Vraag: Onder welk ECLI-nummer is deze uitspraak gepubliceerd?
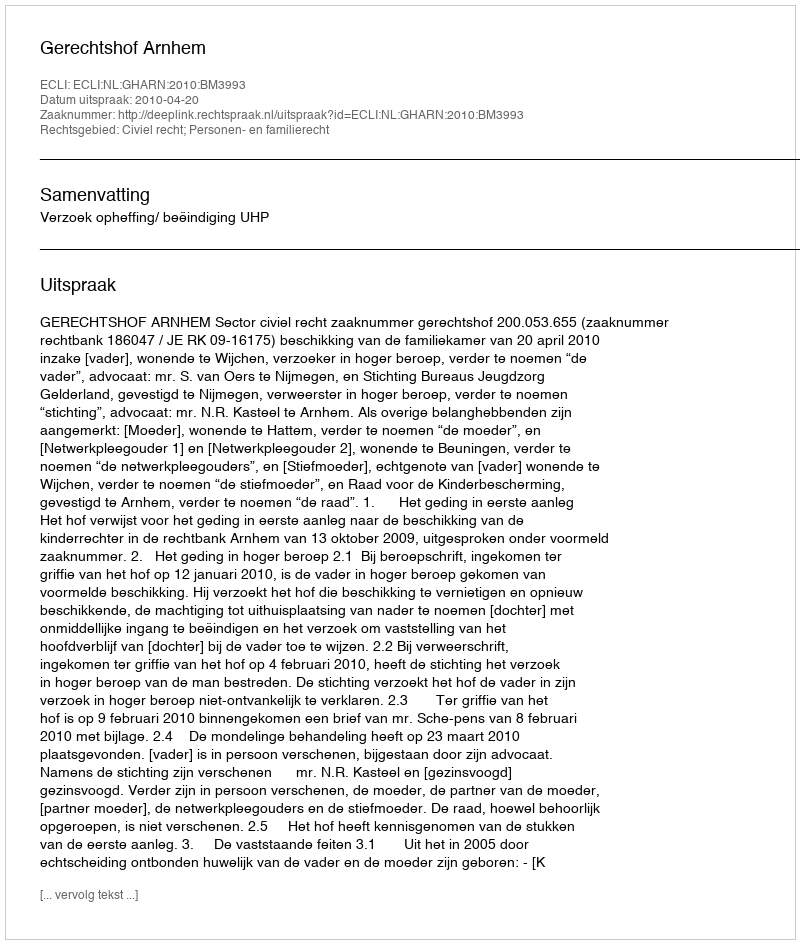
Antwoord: ECLI:NL:GHARN:2010:BM3993